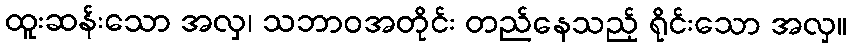
ထူးဆန်းသော အလှ၊ သဘာဝအတိုင်း တည်နေသည့် ရိုင်းသော အလှ။